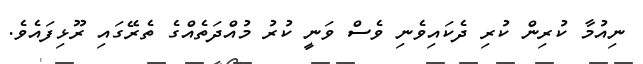
ނިއުމާ ކުރިން ކުރި ދެކައިވެނި ވެސް ވަނީ ކުރު މުއްދަތެއްގެ ތެރޭގައި ރޫޅިފައެވެ.